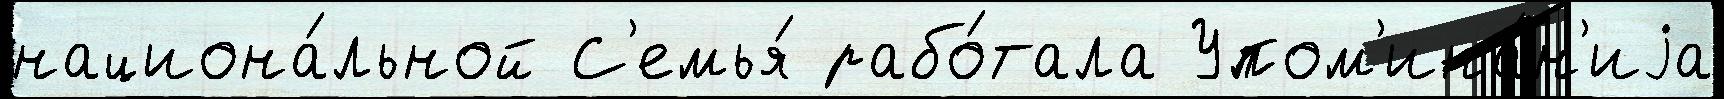
национа́льной С'емья́ рабо́тала Упом'ина́н'иjа